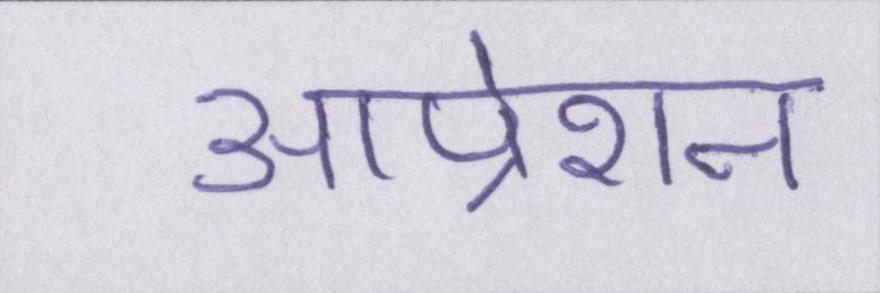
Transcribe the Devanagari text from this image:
आप्रेशन